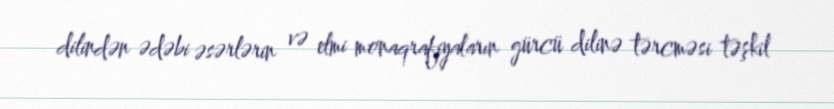
dilindən ədəbi əsərlərin və elmi monaqrafiyaların gürcü dilinə tərcməsi təşkil